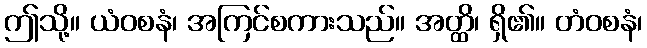
ဤသို့။ ယံဝစနံ၊ အကြင်စကားသည်။ အတ္ထိ၊ ရှိ၏။ တံဝစနံ၊